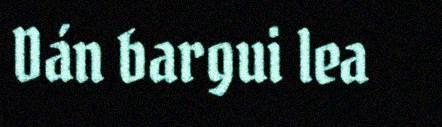
Dán bargui lea